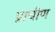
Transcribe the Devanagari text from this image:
प्राचीण